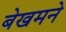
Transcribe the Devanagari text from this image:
बेखमने